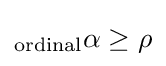
{_{\text{ordinal}}\alpha }\geq \rho